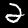
Digit: 2